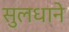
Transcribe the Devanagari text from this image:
सुलधाने